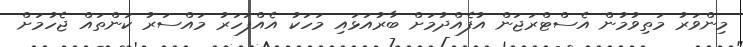
މިންވަރު މަތިވުމުން އެސްޓްރަޖަން އުފެއްދުމަށް ބާރުއަޅައި މަހަކު އެއްފަހަރު މައްސަރު ކަންތައް ޖެހުމަށް